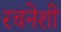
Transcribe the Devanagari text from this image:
रचनेशी